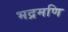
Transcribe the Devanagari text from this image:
भद्रमणि